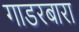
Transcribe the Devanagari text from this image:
गाडरबारा